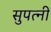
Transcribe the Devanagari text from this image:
सुपत्नी